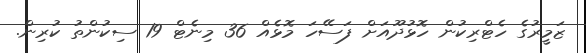
ޒަމީރުގެ ހެޓްރިކުން ހޮޅުދޫއަށް ފަސޭހަ މޮޅެއް 36 މިނެޓް 19 ސިކުންތު ކުރިން.